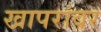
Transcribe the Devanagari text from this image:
खापरांवर